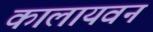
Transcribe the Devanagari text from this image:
कालायवन